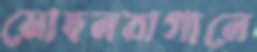
মোহনবাগানে